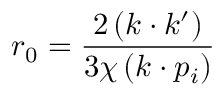
r _ { 0 } = \frac { 2 \left( k \cdot k ^ { \prime } \right) } { 3 \chi \left( k \cdot p _ { i } \right) }